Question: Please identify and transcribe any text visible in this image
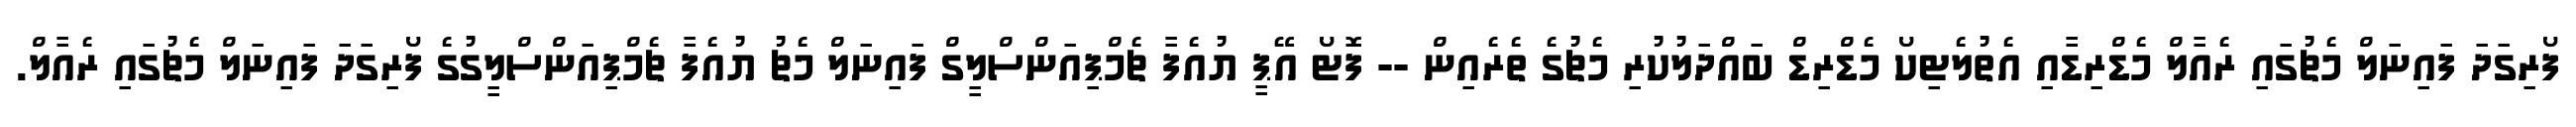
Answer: ފޯރިގަދަ ފައިނަލް މެޗުގައި ރެއާލް މެޑްރިޑާއި އެތުލެޓިކޯ މެޑްރިޑް ބައްދަލުކުރި މެޗުގެ ތެރެއިން -- ފޮޓޯ އޭޕީ ޔުއެފާ ޗެމްޕިއަންސްލީގް ފައިނަލް މެޗު ޔުއެފާ ޗެމްޕިއަންސްލީގުގެ ފޯރިގަދަ ފައިނަލް މެޗުގައި ރެއާލް.